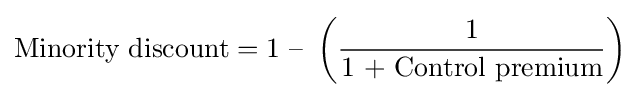
{\mbox{Minority discount}}={\mbox{1 – }}\left({1 \over {\mbox{1 + Control premium}}}\right)